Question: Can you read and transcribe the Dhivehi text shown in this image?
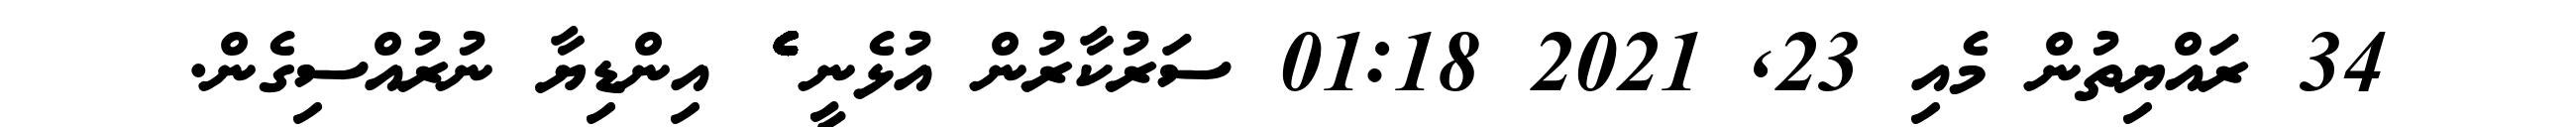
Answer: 34 ރައްޔިތުން މެއި 23, 2021 01:18 ސަރުކާރުން އުޅެނީ ެެެެެެެެެެެެެެެެެެެެެެެެެެެެެެެެެެެެެެެެެެެެެެެެެެެެެެެެެެެެެެެ އިންޑިޔާ ނުރުއްސިގެން.